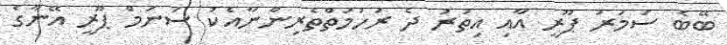
ބޭބެ ސަމަރު ޕޫރީ އާއި އިތުރު ދެ ރަހުމަތްތެރިންނާއެކު ސަނަމް ޕޫރީ އޭނާގެ